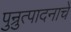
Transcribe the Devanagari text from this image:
पुन्रुत्पादनाचे